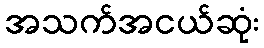
အသက်အငယ်ဆုံး